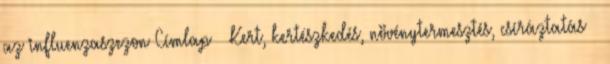
az influenzaszezon Címlap » Kert, kertészkedés, növénytermesztés, csíráztatás »